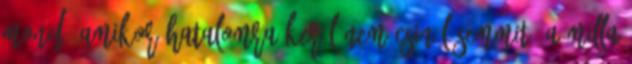
mond, amikor hatalomra kerül nem csinál semmit. A Milla